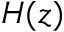
H ( z )